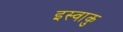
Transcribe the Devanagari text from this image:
इस्वाकु